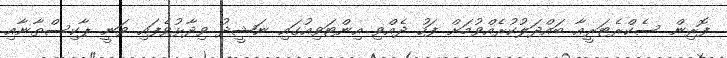
ފޮރިން ސެކްރެޓަރީއާ ބައްދަލުކުރެއްވުމަށް ފަހު ދެއްވި އިންޓަވިއުގައި ނަޝީދު ވިދާޅުވެފައި ވަނީ ޕާކިސްތާނާއި